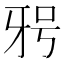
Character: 𭷐